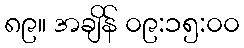
၈၉။ အချိန် ၀၉:၁၅:၀၀